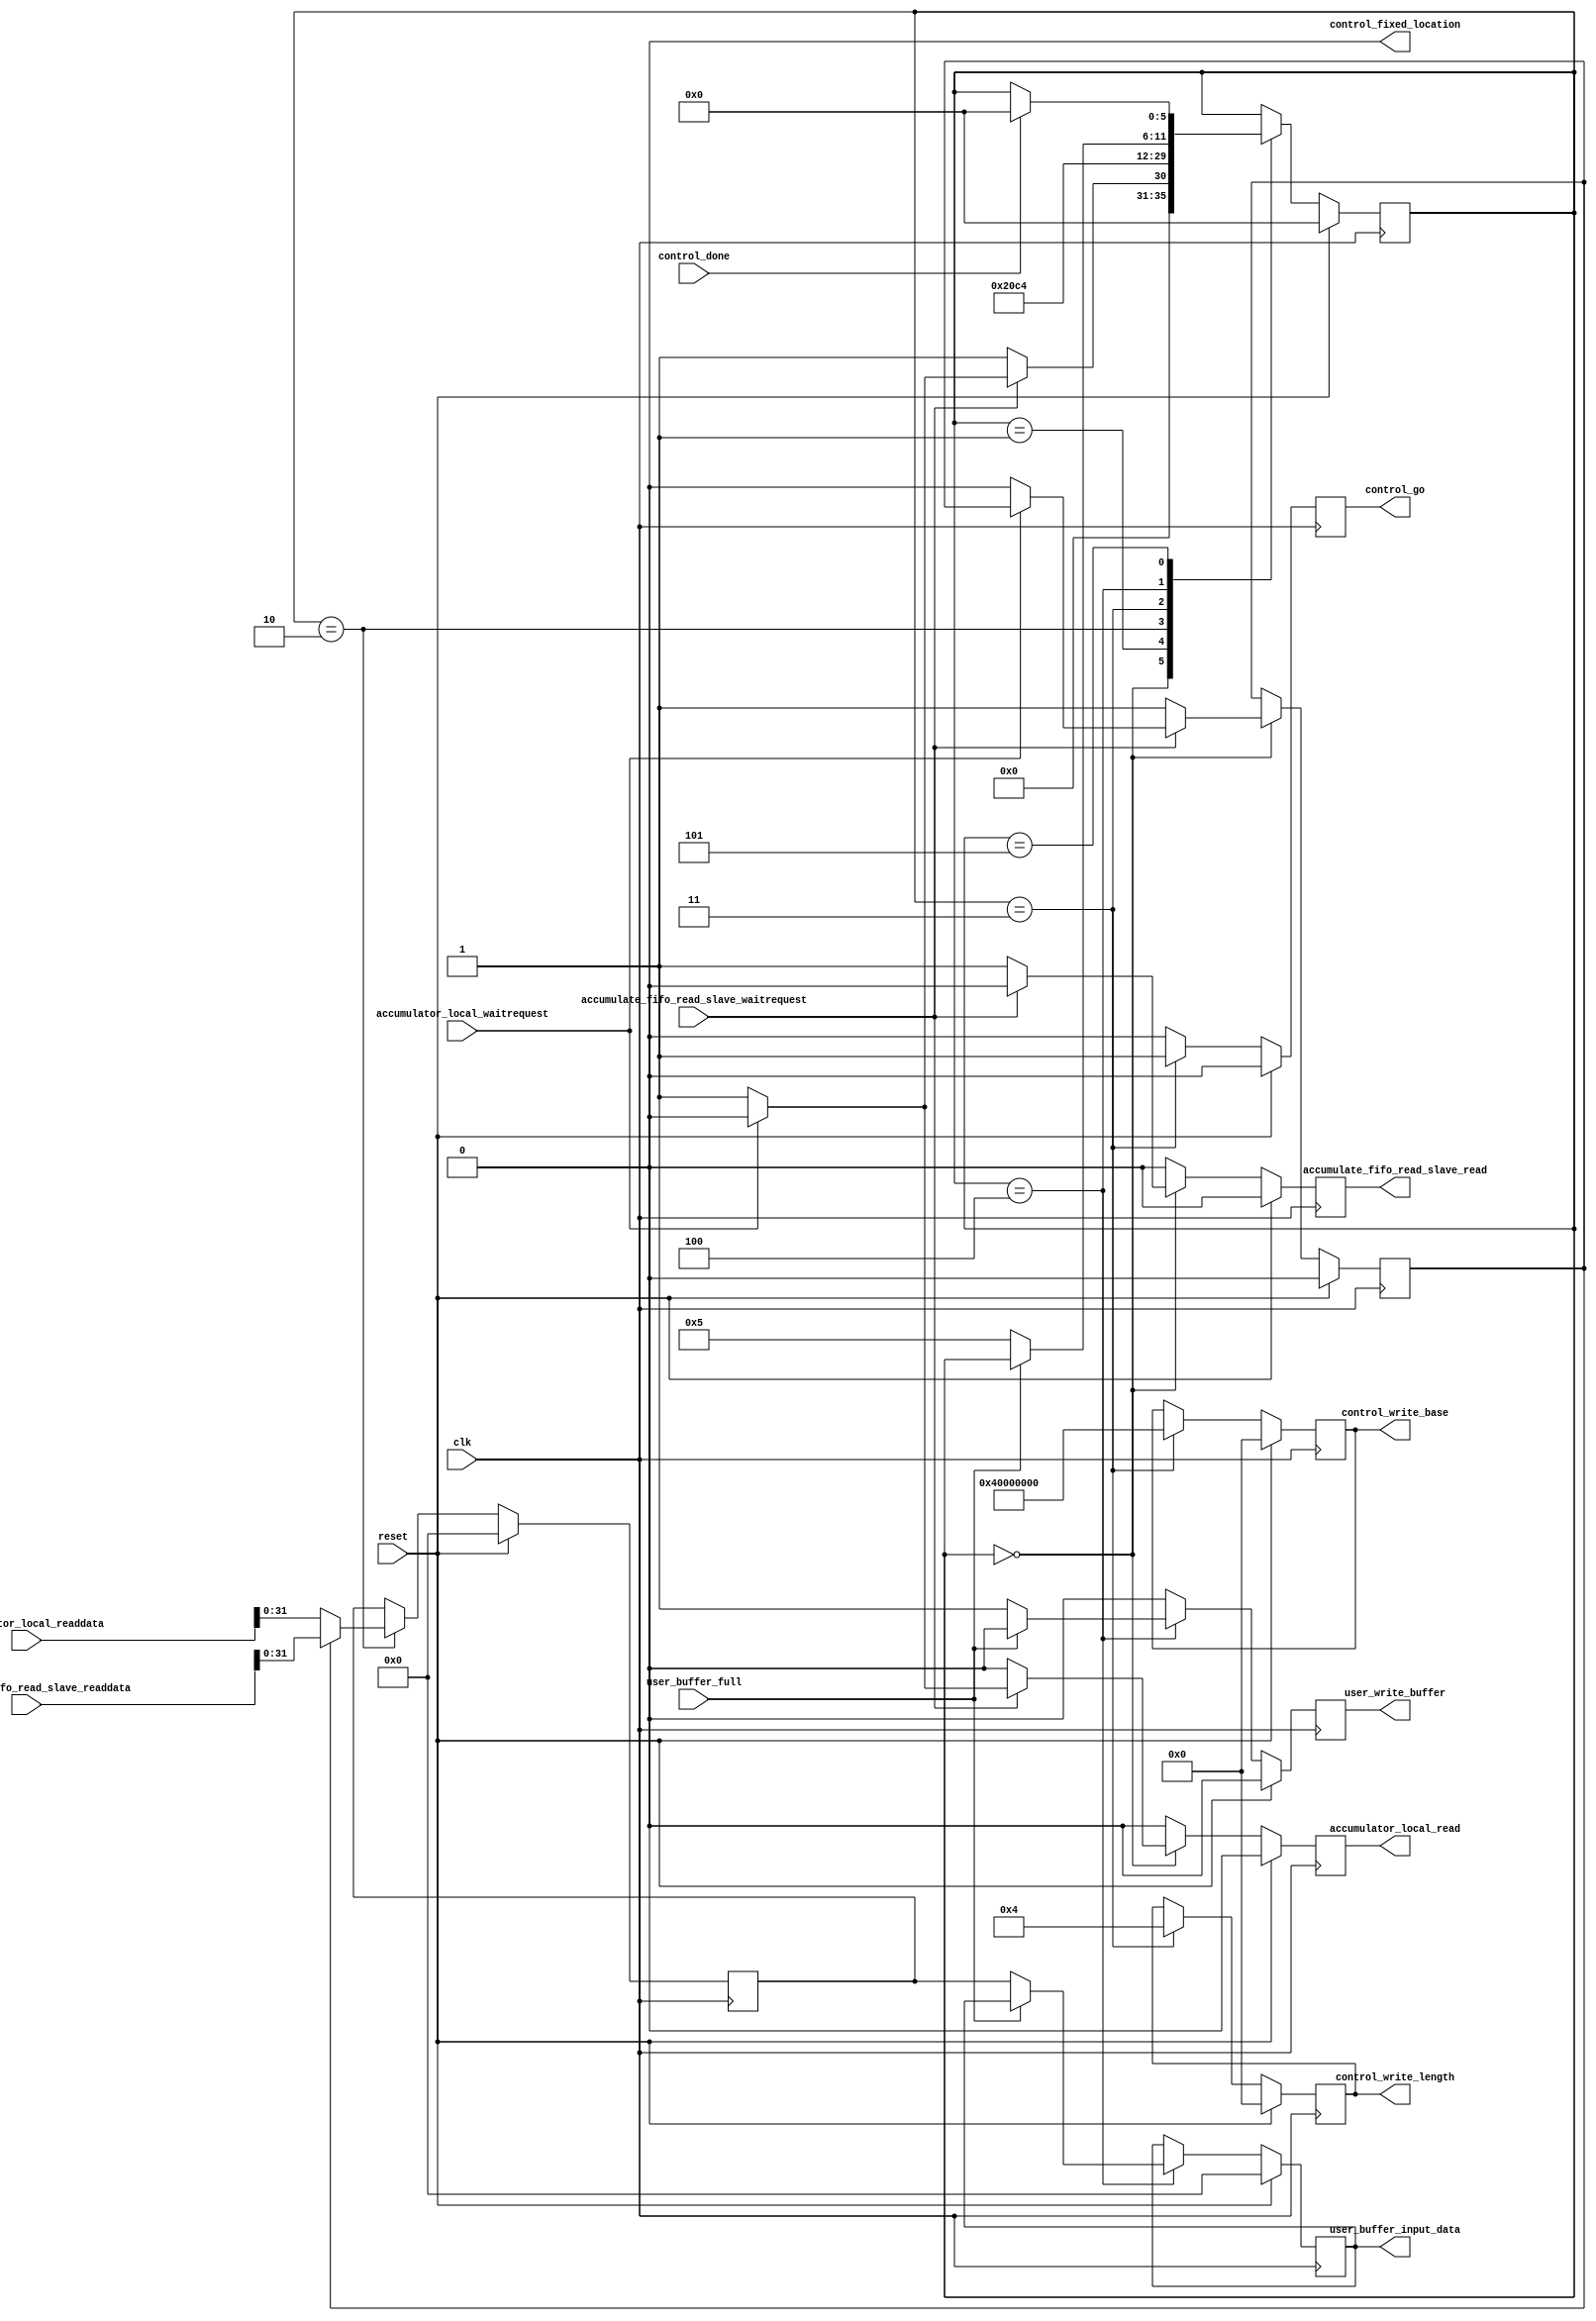
module data_loader #(
	parameter DRAM_BASE_ADDR=31'h40000000,
	parameter ADDRESS_WIDTH=31,
	parameter DATA_WIDTH=32,
	parameter BLOCK_SIZE=64
) (

	clk,
	reset,

	//Accumulator port for external writes	
	accumulate_fifo_read_slave_readdata,
	accumulate_fifo_read_slave_waitrequest,
	accumulate_fifo_read_slave_read,

	//Accumulator for internal writes
	accumulator_local_readdata,
	accumulator_local_read,
	accumulator_local_waitrequest,

	//Write interface to write into DDR memory
	control_fixed_location,
        control_write_base,
        control_write_length,    
        control_go,              
        control_done,            
	
	//user logic	
	user_write_buffer,       
        user_buffer_input_data,  
        user_buffer_full
);

localparam NUM_STATES=6;

localparam STATE_IDLE=0;
localparam STATE_WAIT_READ=1;
localparam STATE_READ_KEY_VAL=2;
localparam STATE_COMPUTE_ADDRESS=3;
localparam STATE_WRITE_DRAM=4;
localparam STATE_WAIT_DONE=5;

////////////Ports///////////////////
input clk;
input reset;

//Read interface to read from accumulator FIFO
input  [63: 0] accumulate_fifo_read_slave_readdata;
input 		accumulate_fifo_read_slave_waitrequest;
output reg      accumulate_fifo_read_slave_read;

//Accumulator for local writes
//Signals for local accumulation
input [63:0] accumulator_local_readdata;
input        accumulator_local_waitrequest;
output reg   accumulator_local_read;

// control inputs and outputs
output wire control_fixed_location;
output reg [ADDRESS_WIDTH-1:0] control_write_base;          
output reg [ADDRESS_WIDTH-1:0] control_write_length;        
output reg control_go;
input wire control_done;

// user logic inputs and outputs
output reg user_write_buffer;                                
output reg [DATA_WIDTH-1:0] user_buffer_input_data;          
input wire user_buffer_full;                           

///////////Registers/////////////////////
reg avalonmm_read_slave_read_next;
reg [ADDRESS_WIDTH-1:0] control_write_base_next;          
reg [ADDRESS_WIDTH-1:0] control_write_length_next;        
reg  control_go_next;
reg user_write_buffer_next;                                
reg [DATA_WIDTH-1:0] user_buffer_input_data_next;          
reg [NUM_STATES-1:0] state, state_next;
reg [DATA_WIDTH-1:0] key, val, key_next, val_next;
reg accumulate_fifo_read_slave_read_next;

reg accum_type, accum_type_next;
reg accumulator_local_read_next;

localparam LOCAL=0; //local update
localparam EXT=1; //external update

assign control_fixed_location=1'b0;

always@(*)
begin
	accumulate_fifo_read_slave_read_next = 1'b0;
	key_next = key;
	val_next = val;
	control_write_length_next = control_write_length;
	control_write_base_next = control_write_base;
	control_go_next = 1'b0;
	user_buffer_input_data_next = user_buffer_input_data;
	user_write_buffer_next = 1'b0;
	state_next = state;
	accum_type_next = accum_type;
	accumulator_local_read_next = 1'b0;

	case(state)
		STATE_IDLE: begin
			if(!accumulate_fifo_read_slave_waitrequest) begin //if fifo is not empty, start reading first key
				state_next = STATE_WAIT_READ;
				accumulate_fifo_read_slave_read_next = 1'b1;
				accum_type_next = EXT;
			end
			else if(!accumulator_local_waitrequest) begin
				state_next = STATE_WAIT_READ;
				accumulator_local_read_next = 1'b1;
				accum_type_next = LOCAL;
			end
			else begin
				state_next = STATE_IDLE;
			end
		end

		
		STATE_WAIT_READ: begin
			//Issue a sucessive read to get value (The FIFO must have (key,value) pairs
			accumulate_fifo_read_slave_read_next = 1'b0;
			accumulator_local_read_next = 1'b0;
			state_next = STATE_READ_KEY_VAL;
		end

		STATE_READ_KEY_VAL: begin
			if(accum_type==EXT) begin
				key_next = accumulate_fifo_read_slave_readdata[63:32];
				val_next = accumulate_fifo_read_slave_readdata[31:0];
			end
			else begin
				key_next = accumulator_local_readdata[63:32];
				val_next = accumulator_local_readdata[31:0];
			end

			state_next = STATE_COMPUTE_ADDRESS;
		end

		STATE_COMPUTE_ADDRESS: begin
			control_write_base_next = (DRAM_BASE_ADDR+(key<<BLOCK_SIZE)); //convert key to an addressable location in DDDR2 DRAM [loc=key*64]
			control_write_length_next = 4; //write a 32 bit key
			control_go_next = 1'b1;
			state_next = STATE_WRITE_DRAM;
		end

		STATE_WRITE_DRAM: begin
			if(!user_buffer_full) begin
				user_buffer_input_data_next = val;
				user_write_buffer_next = 1'b1;
				state_next = STATE_WAIT_DONE;
			end
		end

		STATE_WAIT_DONE: begin
			if(control_done)
				state_next = STATE_IDLE;
		end
	endcase
end

always@(posedge clk)
begin
	if(reset) begin
		state <= STATE_IDLE;
		accumulate_fifo_read_slave_read <= 1'b0;
		key <= 0;
		val <= 0;
		control_write_length <= 0;
		control_write_base <= 0;
		control_go <= 0;
		user_buffer_input_data <= 0;
		user_write_buffer <= 1'b0;
		accum_type <= 0;
		accumulator_local_read <= 0;
	end 
	else begin
		state <= state_next;
		accumulate_fifo_read_slave_read <= accumulate_fifo_read_slave_read_next;
		key <= key_next;
		val <= val_next;
		control_write_length <= control_write_length_next;
		control_write_base <= control_write_base_next;
		control_go <= control_go_next;
		user_buffer_input_data <= user_buffer_input_data_next;
		user_write_buffer <= user_write_buffer_next;
		accum_type <= accum_type_next;
		accumulator_local_read <= accumulator_local_read_next;
	end
end
endmodule